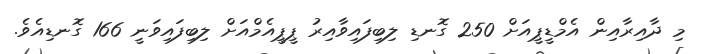
މި ދާއިރާއިން އެމްޑީޕީއަށް 250 ގޮނޑި ލިބިފައިވާއިރު ޕީޕީއެމްއަށް ލިބިފައިވަނީ 166 ގޮނޑިއެވެ.